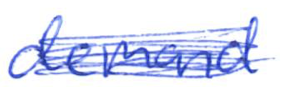
Text: demand
Cross-out: scratch
Writing tool: ballpoint